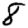
Digit: 8